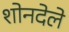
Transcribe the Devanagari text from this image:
शोनदेले